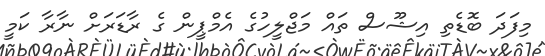
މިފަދަ ބޮޑެތި އިޝޫސް ތައް މަޖްލީހުގެ އެމްޕީން ގެ ރާޑަރަށް ނާރާ ކަމީ